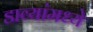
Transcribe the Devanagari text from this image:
डाव्यांमध्ये